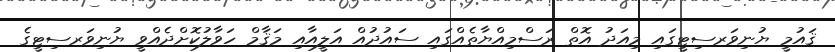
ޤައުމީ ޔުނިވަރސިޓީގައި މިއަދު އޮތް ރަސްމިއްޔާތެއްގައި ސައުދުއް އަލީއާއި މަޤާމް ހަވާލުކޮށްދެއްވީ ޔުނިވަރސިޓީގެ